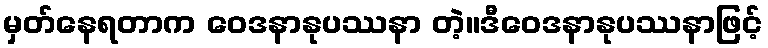
မှတ်နေရတာက ဝေဒနာနုပဿနာ တဲ့။ဒီဝေဒနာနုပဿနာဖြင့်